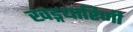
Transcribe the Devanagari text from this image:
खड्गधारिणी